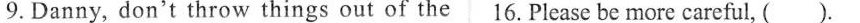
9.Danny, don't throw things out of the 16.Please be more careful, ( )